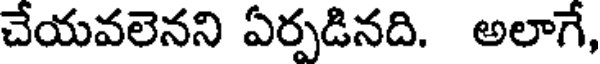
చేయవలెనని ఏర్పడినది. అలాగే,